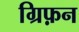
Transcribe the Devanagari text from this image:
ग्रिफ़न